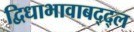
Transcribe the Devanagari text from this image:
द्विधाभावाबद्द्ल